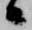
候